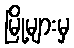
မြို့များမှ